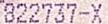
822737-X